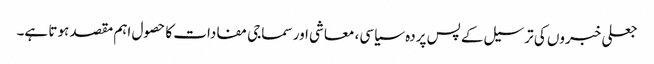
جعلی خبروں کی ترسیل کے پس پردہ سیاسی، معاشی اور سماجی مفادات کا حصول اہم مقصد ہوتا ہے۔